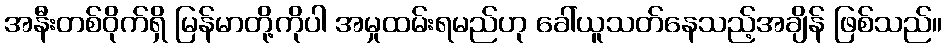
အနီးတစ်ဝိုက်ရှိ မြန်မာတို့ကိုပါ အမှုထမ်းရမည်ဟု ခေါ်ယူသတ်နေသည့်အချိန် ဖြစ်သည်။